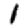
Digit: 1